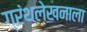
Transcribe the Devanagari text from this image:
ग्रंथलेखनाला